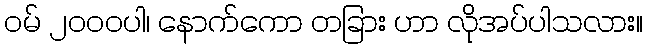
ဝမ် ၂၀၀၀ပါ၊ နောက်ကော တခြား ဟာ လိုအပ်ပါသလား။